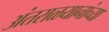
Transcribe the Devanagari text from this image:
अंतराळयानांच्या